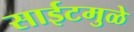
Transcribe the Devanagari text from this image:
साईटमुळे